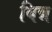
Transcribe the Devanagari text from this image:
बिन्न